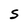
Character: S